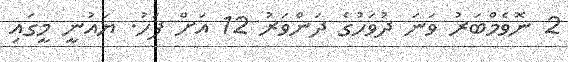
2 ނޮވެމްބަރު ވަނަ ދުވަހުގެ ދަންވަރު 12 އަށް ފަހު. ޔައުނީ މީގައި